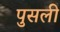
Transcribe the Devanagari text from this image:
पुसली